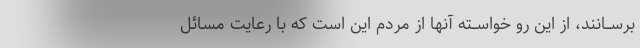
برســانند، از این رو خواســته آنها از مردم این است که با رعایت مسائل